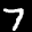
Label: 7